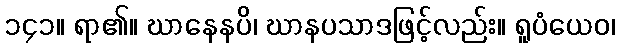
၁၄၁။ ရာ၏။ ဃာနေနပိ၊ ဃာနပသာဒဖြင့်လည်း။ ရူပံယေဝ၊